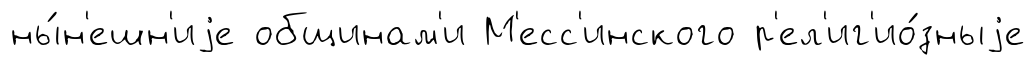
ны́н'ешн'иjе общинам'и М'есс'инского р'ел'иг'ио́зныjе